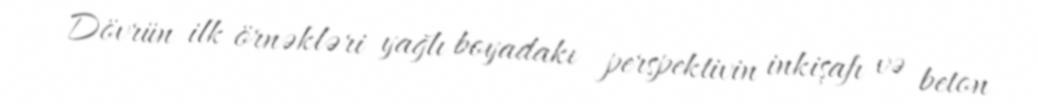
Dövrün ilk örnəkləri yağlı boyadakı perspektivin inkişafı və beton